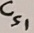
Text: Cs1